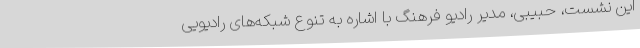
این نشست، حبیبی، مدیر رادیو فرهنگ با اشاره به تنوع شبکه‌های رادیویی